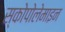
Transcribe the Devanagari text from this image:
स्कोपोलेमाइन